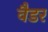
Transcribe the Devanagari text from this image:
वैडर